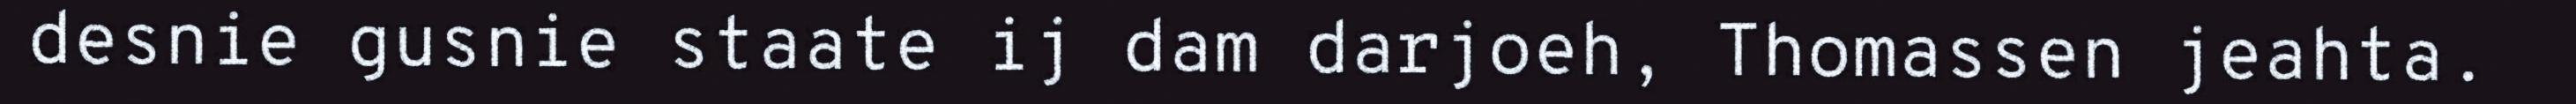
desnie gusnie staate ij dam darjoeh, Thomassen jeahta.